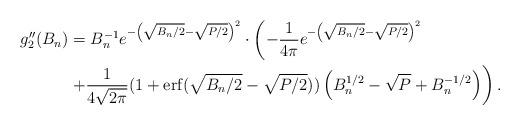
LaTeX: \begin{align*}g''_2(B_n) &= B_n^{-1}e^{-\left(\sqrt{B_n/2}-\sqrt{P/2}\right)^2} \cdot \left(-\frac{1}{4\pi}e^{-\left(\sqrt{B_n/2}-\sqrt{P/2}\right)^2} \right.\\& \left. + \frac{1}{4\sqrt{2\pi}}(1+{\rm{erf}}(\sqrt{B_n/2}-\sqrt{P/2}))\left( B_n^{1/2} - \sqrt{P}+ B_n^{-1/2}\right)\right).\end{align*}